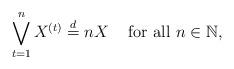
LaTeX: \begin{align*}\bigvee_{t=1}^{n}X^{(t)} \stackrel{d}{=} n X \;\;\; \mbox{ for all } n \in \mathbb{N},\end{align*}